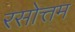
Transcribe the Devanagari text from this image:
रसोत्तम